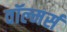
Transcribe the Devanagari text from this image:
वॉल्मर्स